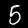
Label: 5